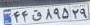
۴۴ق۸۹۵۲۹